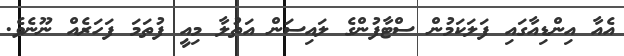
އެއާ އިންޑިއާގައި ފަލަކަމުން ސްޓާފުންގެ ލައިސަން އަތުލާ މިއީ ފުތަމަ ފަހަރެއް ނޫނެވެ.